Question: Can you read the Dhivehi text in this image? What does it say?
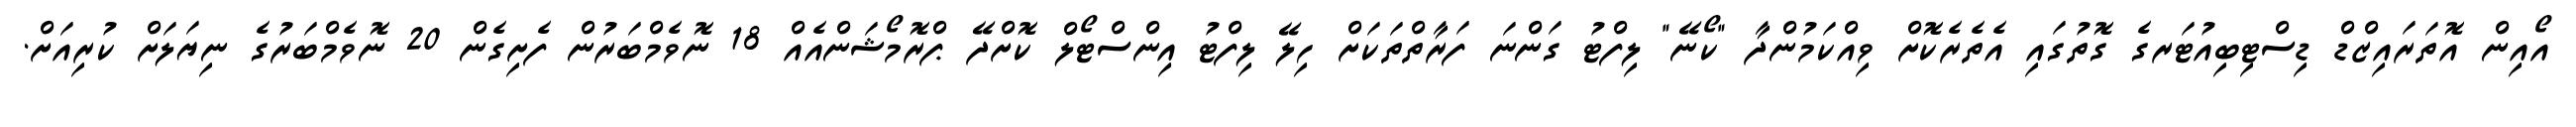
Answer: އޯއިން އޮތަރައިޒްޑް ޑިސްޓިބިއުޓަރގެ ގޮތުގައި އެތެރެކޮށް ވިއްކަމުންދާ "ކޯނޭ" ލިފްޓު ގަންނަ ފަރާތްތަކަށް ހިލޭ ލިފްޓު އިންސްޓޯލް ކޮށްދޭ ޕްރޮމޯޝަންއެއް 18 ނޮވެމްބަރުން ފެށިގެން 20 ނޮވެމްބަރުގެ ނިޔަލަށް ކުރިއަށް.